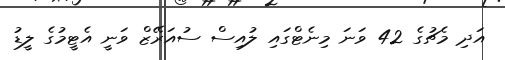
އަދި މެޗުގެ 42 ވަނަ މިނެޓްގައި ލުއިސް ސުއަރޭޒް ވަނީ އެޓީމުގެ ލީޑު